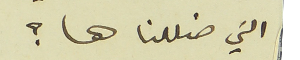
التي ضللناها؟